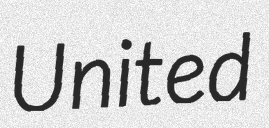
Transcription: United